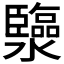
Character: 𤄈